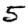
Digit: 5